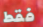
فقط